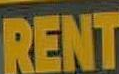
RENT